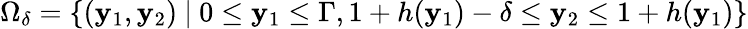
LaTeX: \Omega_{\delta}=\lbrace(\mathbf{y}_{1},\mathbf{y}_{2})\ \vert\ 0\leq\mathbf{y}_{1}\leq\Gamma,1+h(\mathbf{y}_{1})-\delta\leq\mathbf{y}_{2}\leq1+h(\mathbf{y}_{1})\rbrace